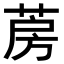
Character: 𦲏